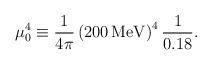
LaTeX: \begin{align*}\mu_0^4\equiv {1\over 4\pi }\left( 200 \, \mathrm{MeV} \right)^4{1\over 0.18}.\end{align*}